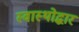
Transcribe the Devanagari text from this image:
स्वास्थोद्धार